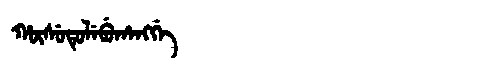
Manchu: ᡥᡡᠰᡠᡨᡠᠯᡝᠪᡠᡥᠠᠩᡤᡝ
Romanization: HŪSUTULEBUHANGGE